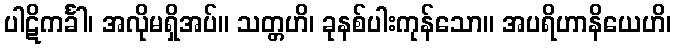
ပါဋိကင်္ခါ၊ အလိုမရှိအပ်။ သတ္တဟိ၊ ခုနစ်ပါးကုန်သော။ အပရိဟာနိယေဟိ၊